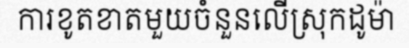
ការខូតខាតមួយចំនួនលើស្រុកដូម៉ា